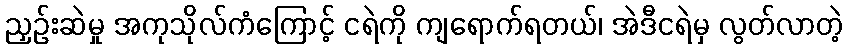
ညှဉ်းဆဲမှု အကုသိုလ်ကံကြောင့် ငရဲကို ကျရောက်ရတယ်၊ အဲဒီငရဲမှ လွတ်လာတဲ့